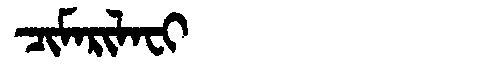
Manchu: ᠴᡳᠮᠠᡵᡳᠯᠠᠸᡳ
Romanization: CIMARILAFI